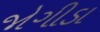
જોગીડા